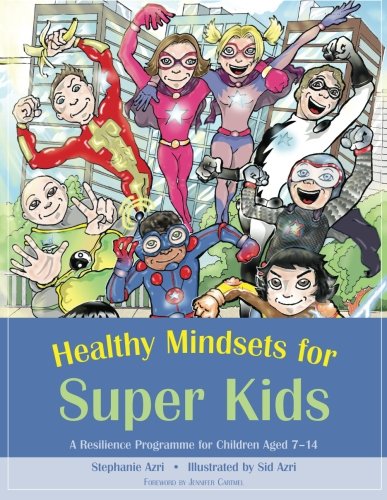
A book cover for Healthy Mindsets for Super Kids: A Resilience Programme for Children Aged 7-14; Stephanie Azri; Teen & Young Adult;